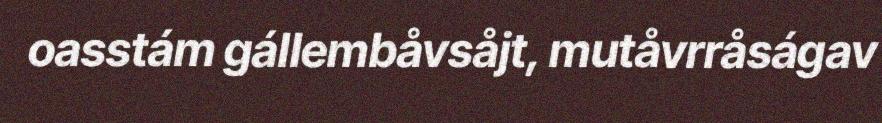
oasstám gállembåvsåjt, mutåvrråságav